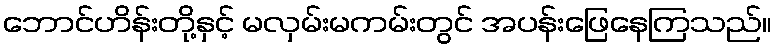
ဘောင်ဟိန်းတို့နှင့် မလှမ်းမကမ်းတွင် အပန်းဖြေနေကြသည်။